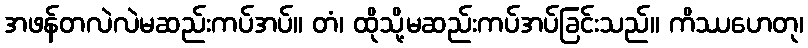
အဖန်တလဲလဲမဆည်းကပ်အပ်။ တံ၊ ထိုသို့မဆည်းကပ်အပ်ခြင်းသည်။ ကိဿဟေတု၊